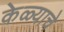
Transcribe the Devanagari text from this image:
केळ्याचे